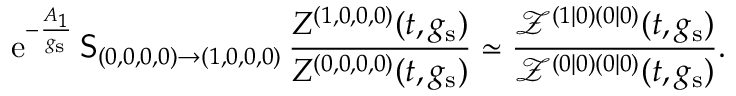
{ \mathrm { e } } ^ { - \frac { A _ { 1 } } { g _ { \mathrm { s } } } } \, \mathsf { S } _ { ( 0 , 0 , 0 , 0 ) \to ( 1 , 0 , 0 , 0 ) } \, \frac { Z ^ { ( 1 , 0 , 0 , 0 ) } ( t , g _ { \mathrm { s } } ) } { Z ^ { ( 0 , 0 , 0 , 0 ) } ( t , g _ { \mathrm { s } } ) } \simeq \frac { \mathcal { Z } ^ { ( 1 | 0 ) ( 0 | 0 ) } ( t , g _ { \mathrm { s } } ) } { \mathcal { Z } ^ { ( 0 | 0 ) ( 0 | 0 ) } ( t , g _ { \mathrm { s } } ) } .